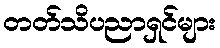
တတ်သိပညာရှင်များ